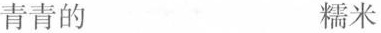
青青的 糯米